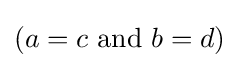
(a=c{\text{ and }}b=d)